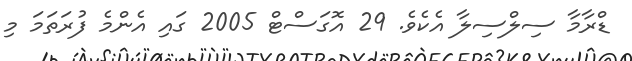
ޑްރާމާ ސިލްސިލާ އެކެވެ. 29 އޮގަސްޓް 2005 ގައި އެންމެ ފުރަތަމަ މި